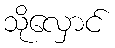
သိုလှောင်